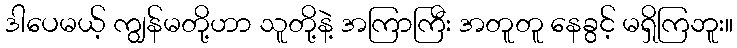
ဒါပေမယ့် ကျွန်မတို့ဟာ သူတို့နဲ့ အကြာကြီး အတူတူ နေခွင့် မရှိကြဘူး။